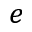
e